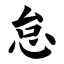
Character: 怠